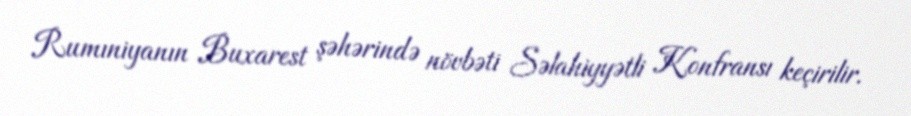
Rumıniyanın Buxarest şəhərində növbəti Səlahiyyətli Konfransı keçirilir.